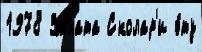
1978 Заната Сколар'и э́ту